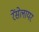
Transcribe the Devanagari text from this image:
रेंसेलायर